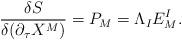
LaTeX: \begin{align*}{{\delta S}\over{\delta(\partial_\tau X^M)}}=P_{M}=\Lambda_I E^{I}_{M}.\end{align*}